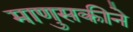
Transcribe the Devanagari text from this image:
माणुसकीने